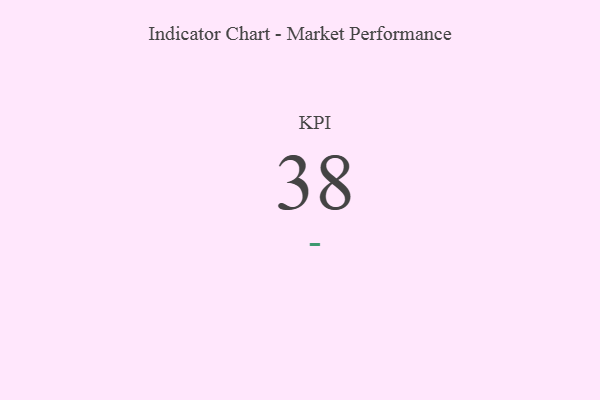
{"axis": {"x": "KPI", "y": "Value"}, "legend": [""], "data": [{"x": "KPI", "y": 38, "type": ""}]}